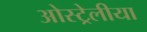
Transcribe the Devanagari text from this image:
ओस्ट्रेलीया